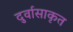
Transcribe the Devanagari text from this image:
दुर्वासाकृत